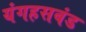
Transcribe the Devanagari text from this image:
यंगहसबंड